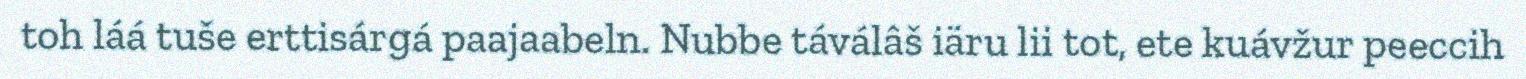
toh láá tuše erttisárgá paajaabeln. Nubbe táválâš iäru lii tot, ete kuávžur peeccih